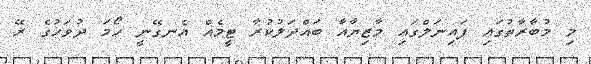
މި މުބާރާތުގައި ފައިނަލްގައި މާޒިޔާއާ ބައްދަލުކުރާ ޓީމެއް އެނގޭނީ ހޯމަ ދުވަހުގެ ރޭ